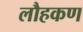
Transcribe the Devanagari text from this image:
लौहकण